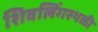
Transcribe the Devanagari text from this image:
शिवलिंगस्थळी